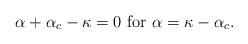
LaTeX: \begin{align*}\alpha+\alpha_c-\kappa=0 \mbox{ for } \alpha=\kappa-\alpha_c. \end{align*}